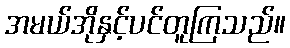
အမယ်အိုနှင့်ပင်တူကြသည်။